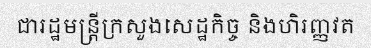
ជារដ្ឋមន្ត្រីក្រសួងសេដ្ឋកិច្ច និងហិរញ្ញវត